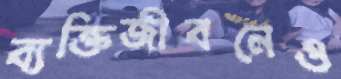
ব্যক্তিজীবনেও